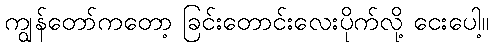
ကျွန်တော်ကတော့ ခြင်းတောင်းလေးပိုက်လို့ ငေးပေါ့။